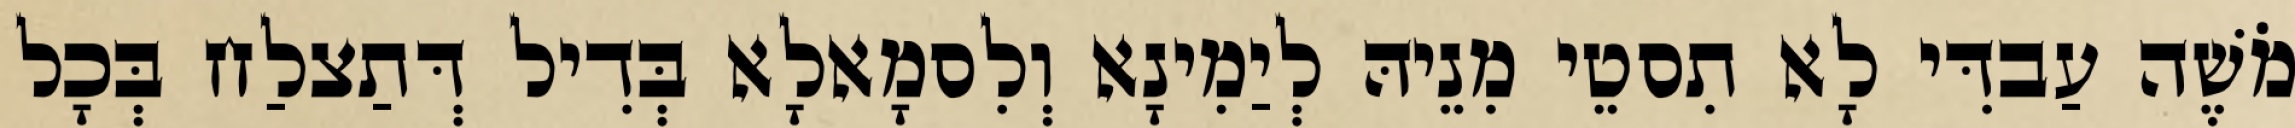
מֹשֶׁה עַבדִּי לָא תִסטֵי מִנֵיהּ לְיַמִינָא וְלִסמָאלָא בְּדִיל דְּתַצלַח בְּכָל